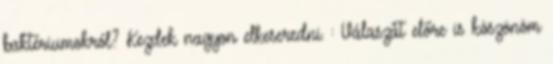
baktériumokról? Kezdek nagyon elkeseredni. : Válaszát előre is köszönöm